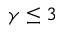
\gamma \le 3